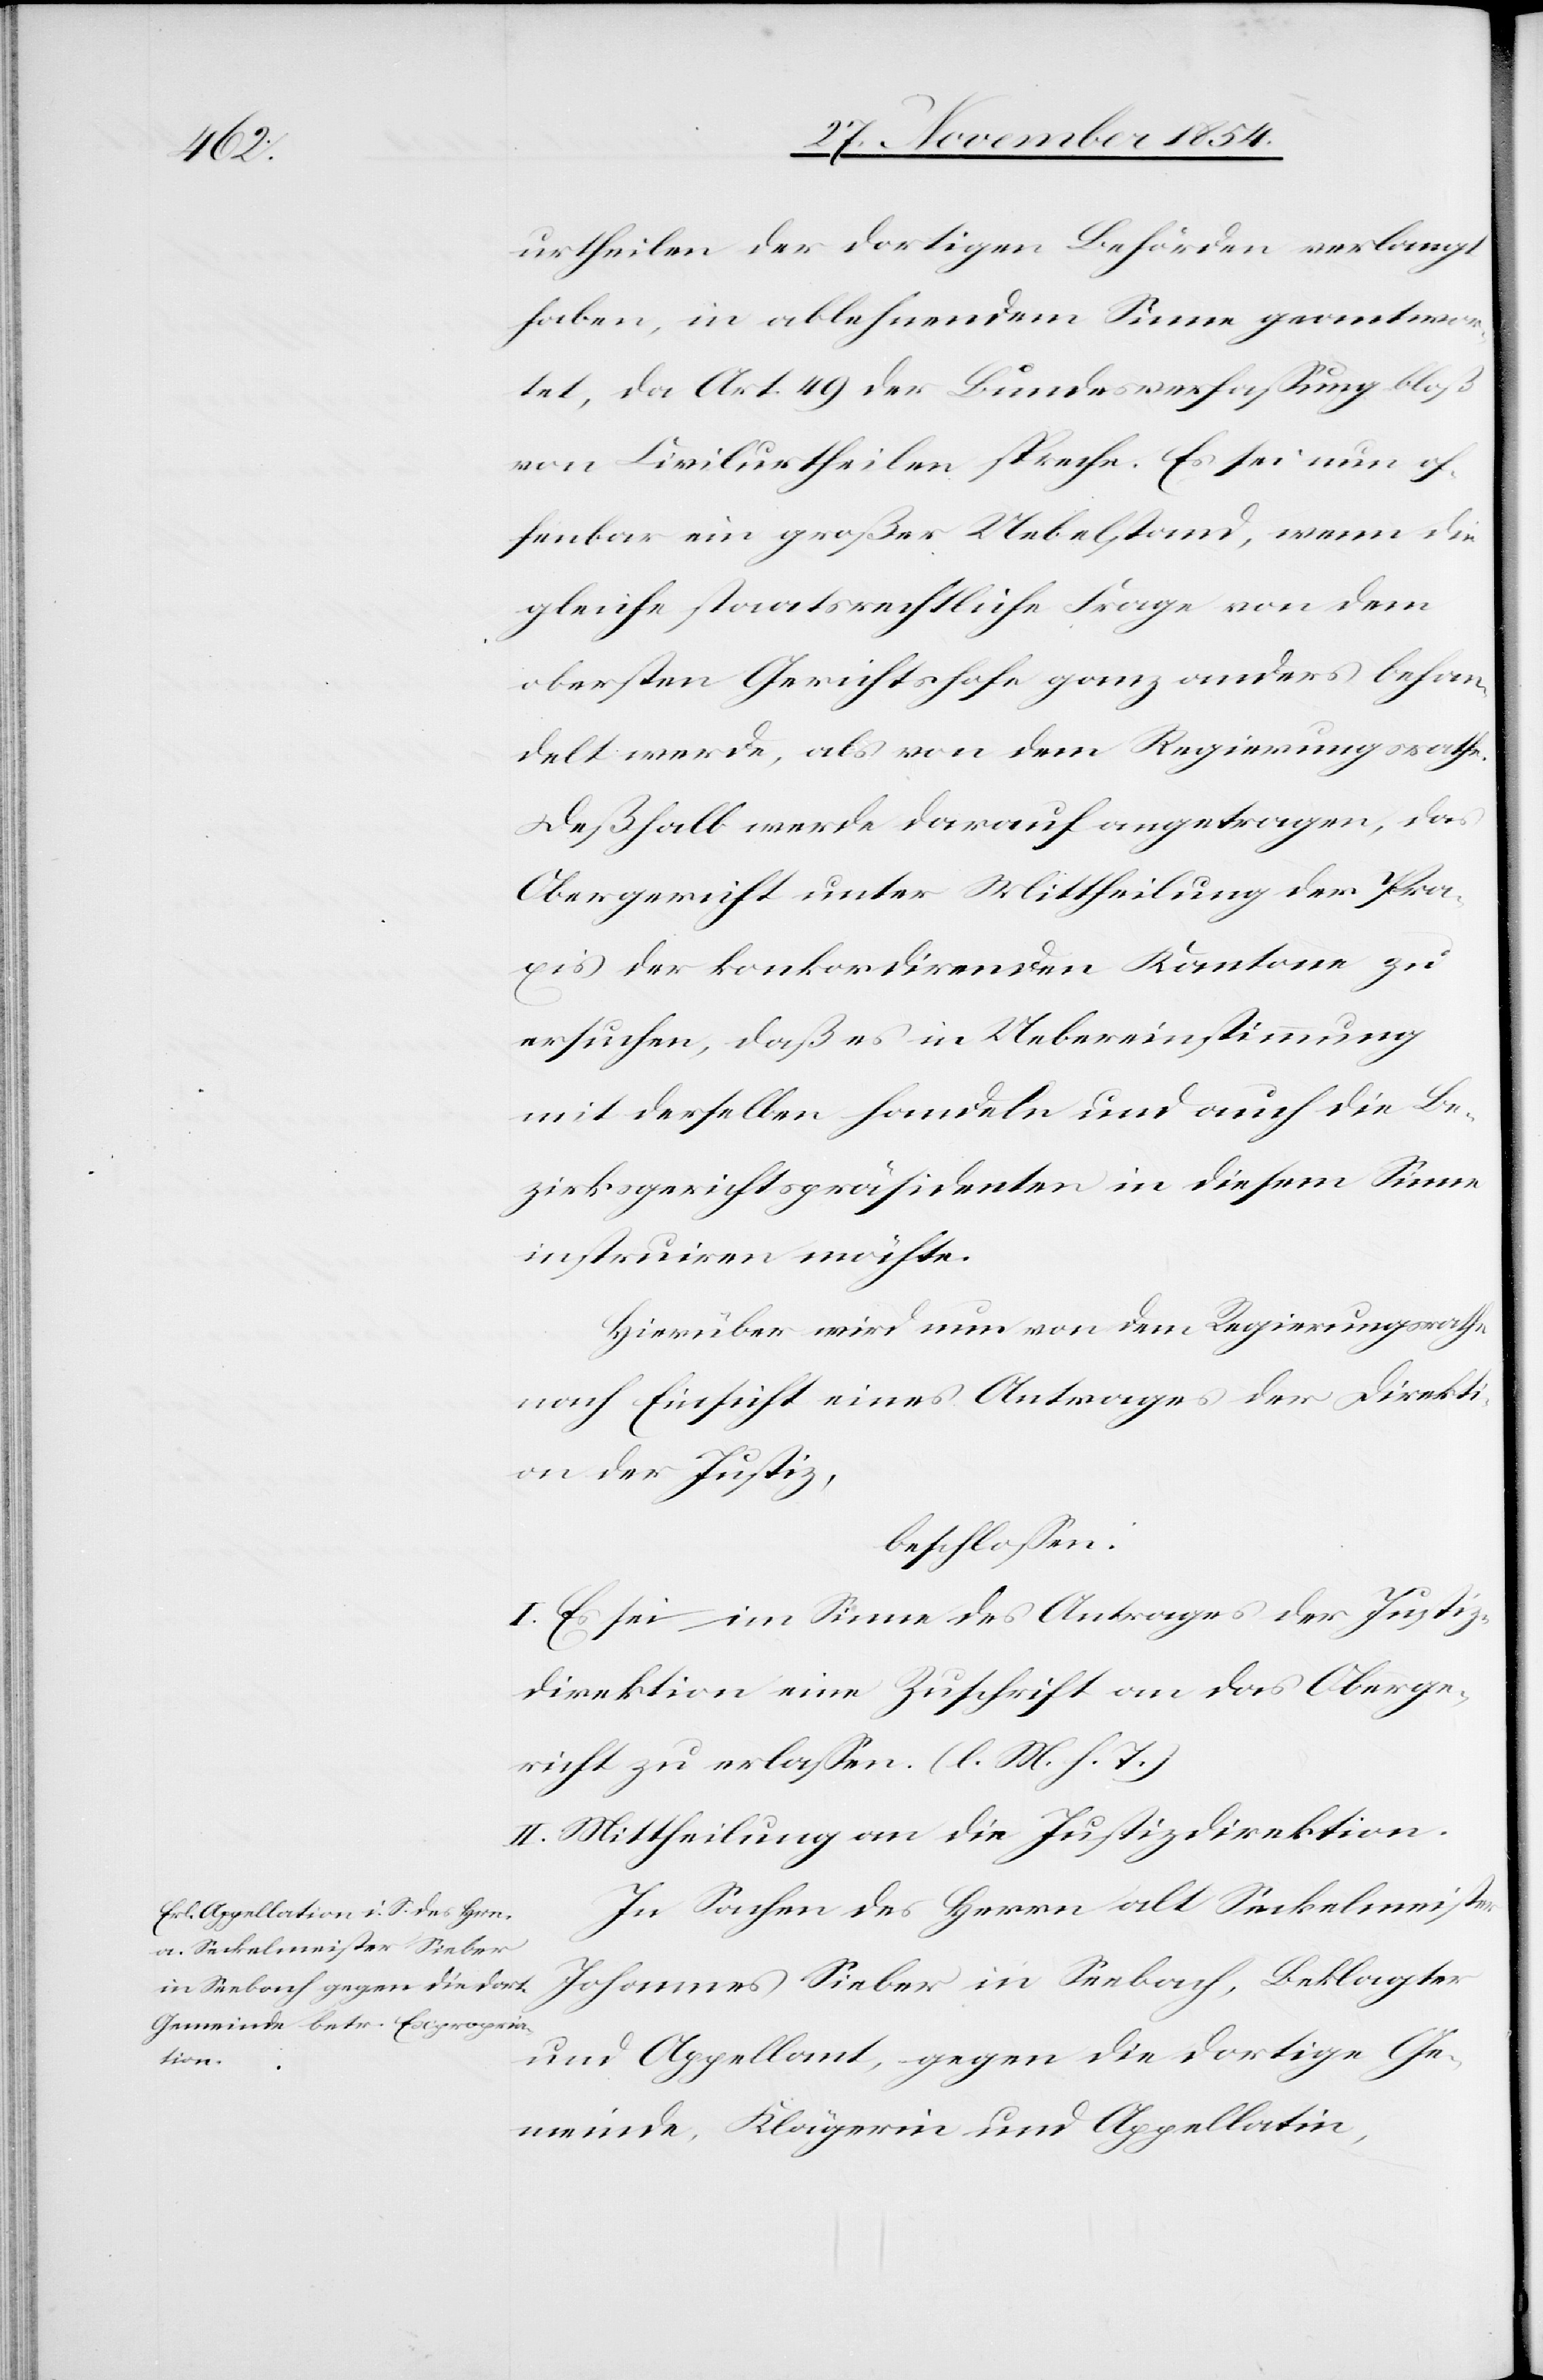
urtheilen der dortigen Behörden verlangt
haben, in ablehnendem Sinne geantwor¬
tet, da Art. 49 der Bundesverfaßung bloß
von Civilurtheilen spreche. Es sei nun of¬
fenbar ein großer Uebelstand, wenn die
gleiche staatsrechtliche Frage von dem
obersten Gerichtshofe ganz anders behan¬
delt werde, als von dem Regierungsrathe.
Deßhalb werde darauf angetragen, das
Obergericht unter Mittheilung der Pra¬
xis der konkordirenden Kantone zu
ersuchen, daß es in Uebereinstimmung
mit derselben handeln und auch die Be¬
zirksgerichtspräsidenten in diesem Sinne
instruiren möchte.
Hierüber wird nun vom dem Regierungsrathe
nach Einsicht eines Antrages der Direkti¬
on der Justiz,
beschloßen:
I. Es sei im Sinne des Antrages der Justiz¬
direktion eine Zuschrift an das Oberge¬
richt zu erlaßen. (l. M. h. T.)
II. Mittheilung an die Justizdirektion.
In Sachen des Herrn alt Seckelmeister
Johannes Sieber in Seebach, Beklagter
und Appellant, gegen die dortige Ge¬
meinde, Klägerin und Appellatin,